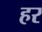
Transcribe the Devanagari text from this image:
हर